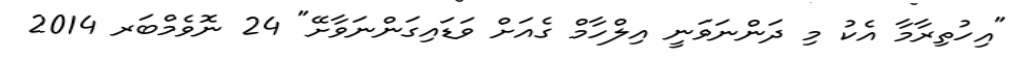
"އިހުތިރާމާ އެކު މި ދަންނަވަނީ އިލްހާމް ގެއަށް ވަޑައިގަންނަވާށޭ" 24 ނޮވެމްބަރ 2014